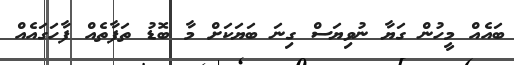
ބައެއް މީހުން ގަޔާ ނުވިޔަސް ގިނަ ބަޔަކަށް މާ ބޮޑު ތަފާތެއް ފާހަގައެއް